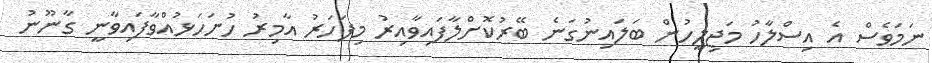
ނަމަވެސް އެ އިސްލާހު މަޖިލީހުން ބަލައިނުގަނެ ބޭރުކޮށްލާފައިވާއިރު މިފަހަރު އާމިރު ހުށަހަޅުއްވާފައިވާނީ ގާނޫނު